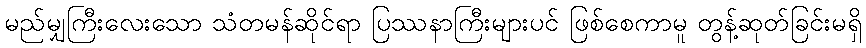
မည်မျှကြီးလေးသော သံတမန်ဆိုင်ရာ ပြဿနာကြီးများပင် ဖြစ်စေကာမူ တွန့်ဆုတ်ခြင်းမရှိ